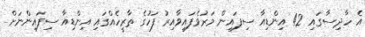
އެ ހާދިސާގައި 42 އިންޑިއާ ސިފައިން މަރުވެފައިވާއިރު ފަހުގެ ތާރީހެއްގައި އިންޑިއާ ސިފައިންނަށް